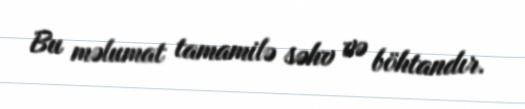
Bu məlumat tamamilə səhv və böhtandır.